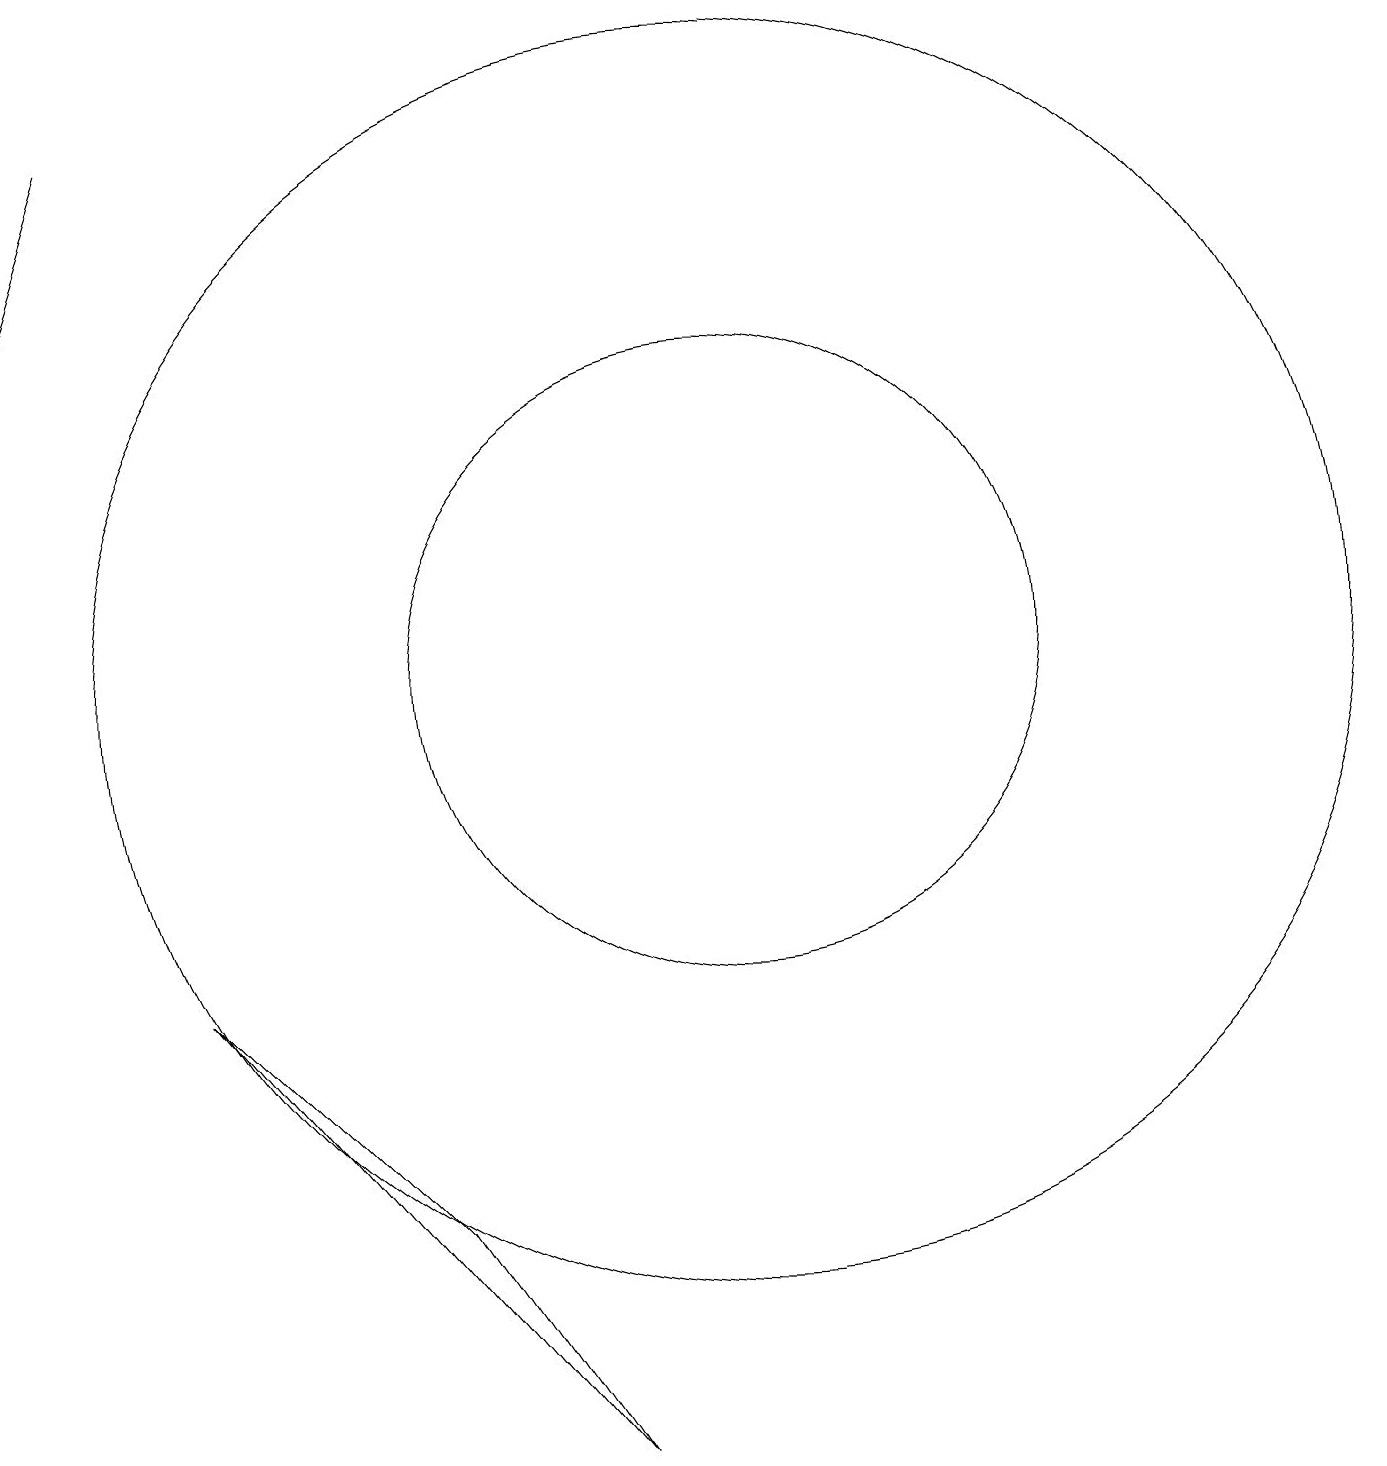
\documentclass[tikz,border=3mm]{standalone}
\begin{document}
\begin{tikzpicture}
\draw (9,1) -- (7,4) -- (4,7) -- cycle;
\draw (11,11) circle (4);
\draw (11,11) circle (8);
\draw[->] (3,18) -- (2,15);
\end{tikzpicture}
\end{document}